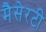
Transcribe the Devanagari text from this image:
मैसेरटी